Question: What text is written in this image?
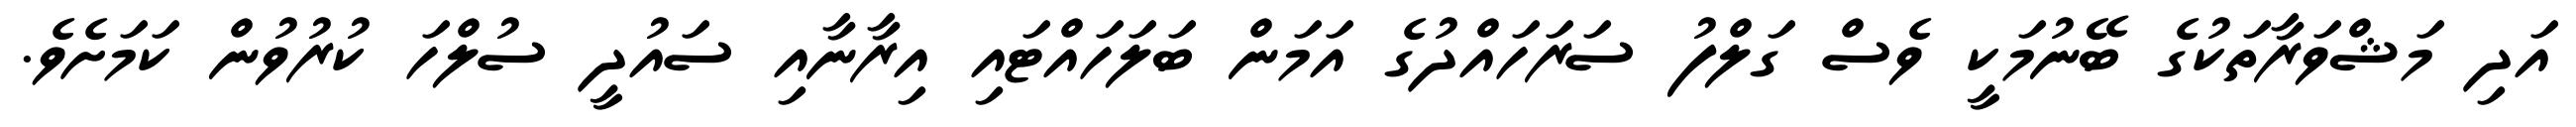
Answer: އަދި މަޝްވަރާތަކުގެ ބޭނުމަކީ ވެސް ގަލްފު ސަރަހައްދުގެ އަމަން ބަލަހައްޓައި އިރާނާއި ސައުދީ ސުލްހަ ކުރުވުން ކަމަށެވެ.